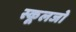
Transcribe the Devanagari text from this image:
स्कूलजो